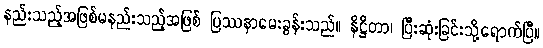
နည်းသည့်အဖြစ်မနည်းသည့်အဖြစ် ပြဿနာမေးခွန်းသည်။ နိဋ္ဌိတာ၊ ပြီးဆုံးခြင်းသို့ရောက်ပြီ။